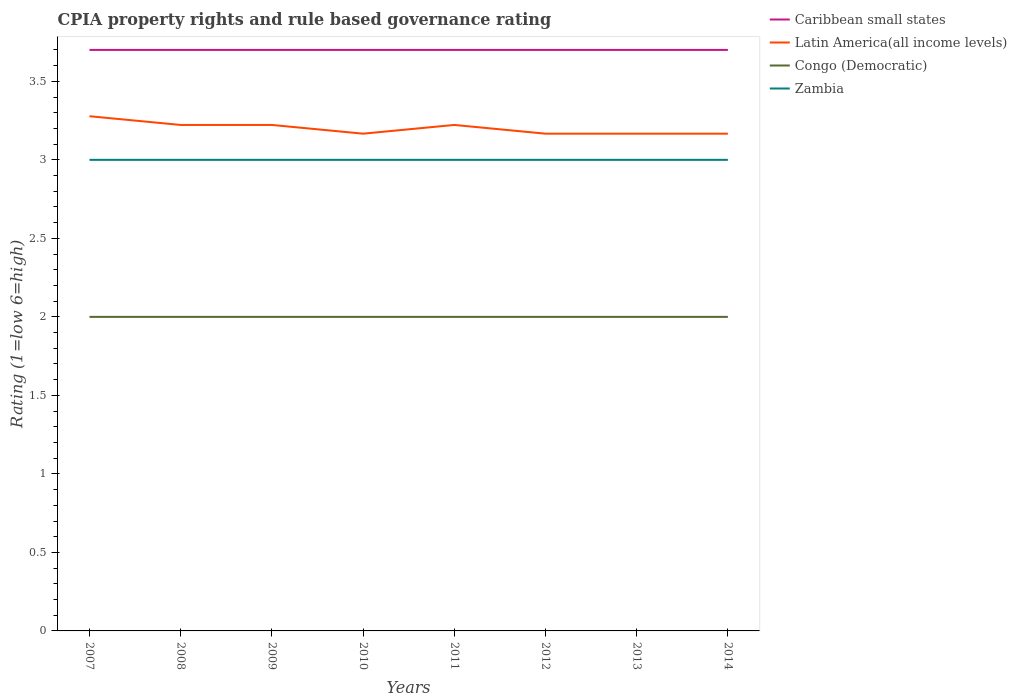
| Years | Caribbean small states | Latin America(all income levels) | Congo (Democratic) | Zambia |
 | --- | --- | --- | --- | --- |
 | 2007 | 3.7 | 3.28 | 2 | 3 |
 | 2008 | 3.7 | 3.22 | 2 | 3 |
 | 2009 | 3.7 | 3.22 | 2 | 3 |
 | 2010 | 3.7 | 3.17 | 2 | 3 |
 | 2011 | 3.7 | 3.22 | 2 | 3 |
 | 2012 | 3.7 | 3.17 | 2 | 3 |
 | 2013 | 3.7 | 3.17 | 2 | 3 |
 | 2014 | 3.7 | 3.17 | 2 | 3 |